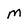
Character: M